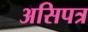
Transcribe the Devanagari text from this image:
असिपत्र